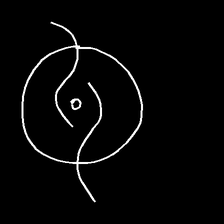
Glyph: repetition